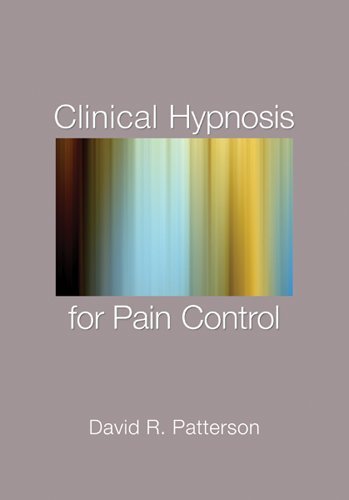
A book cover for Clinical Hypnosis for Pain Control; David R. Patterson; Health, Fitness & Dieting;